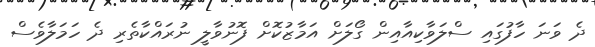
ދެ ވަނަ ހާފުގައި ސްލަވާކިއާއިން ގޯލަށް އަމާޒުކޮށް ފޮނުވާލީ ނުރައްކާތެރި ދެ ހަމަލާވެސް